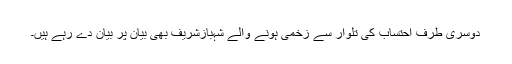
دوسری طرف احتساب کی تلوار سے زخمی ہونے والے شہبازشریف بھی بیان پر بیان دے رہے ہیں۔